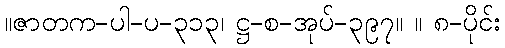
။ဇာတက-ပါ-ပ-၃၁၃၊ ဋ္ဌ-စ-အုပ်-၃၉၇။ ။ ၈-ပိုင်း